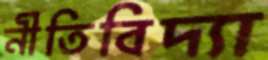
নীতিবিদ্যা